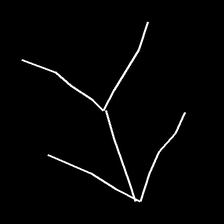
Glyph: gather